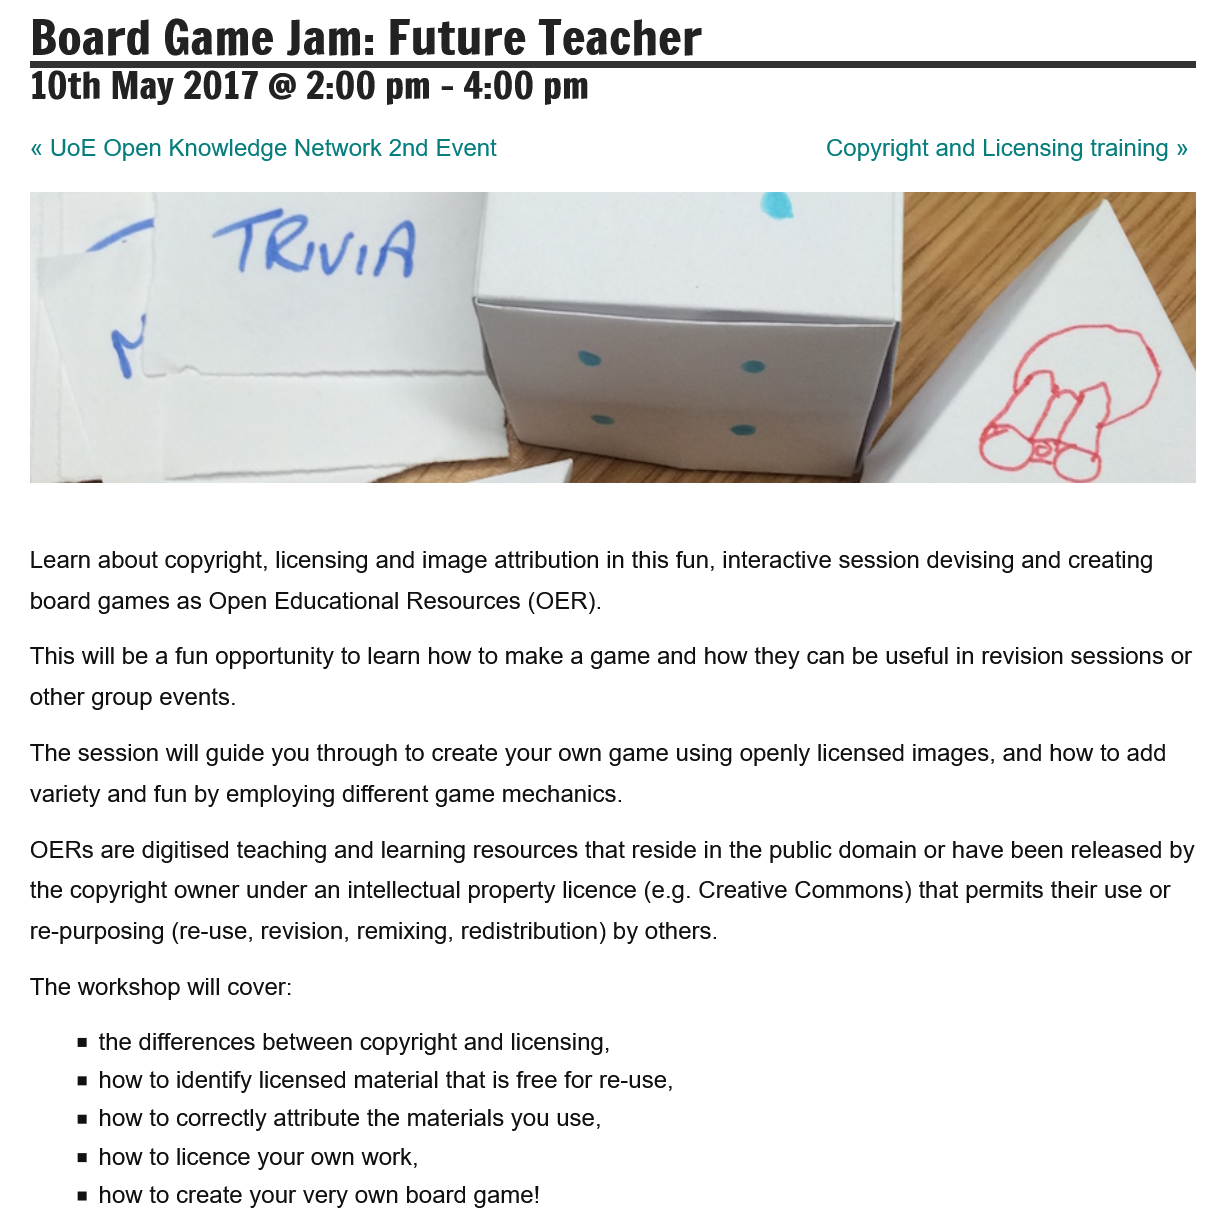
10th   May   2017   @   2:00  pm
     -
     4:00   pm
   Learn about copyright, licensing and image attribution in this fun, interactive session devising and creating
   board games as Open  Educational Resources (OER).
   This will be a fun opportunity to learn how to make a game and how they can be useful in revision sessions or
   other group events.
   The session will guide you through to create your own game using openly licensed images, and how to add
   variety and fun by employing different game mechanics.
     the differences between copyright and licensing,
     how to identify licensed material that is free for re-use,
     how to correctly attribute the materials you use,
     how to licence your own work,
     how to create your very own board game!
   The workshop will cover:
     Copyright and Licensing training »
   OERs are digitised teaching and learning resources that reside in the public domain or have been released by
   the copyright owner under an intellectual property licence (e.g. Creative Commons) that permits their use or
   re-purposing (re-use, revision, remixing, redistribution) by others.
   « UoE Open  Knowledge  Network 2nd Event